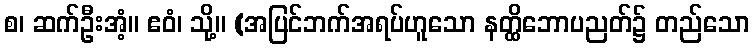
စ၊ ဆက်ဦးအံ့။ ဧဝံ၊ သို့။ (အပြင်ဘက်အရပ်ဟူသော နတ္ထိဘောပညတ်၌ တည်သော